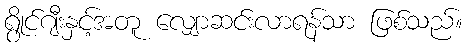
ရွိုင်ဂျီးနှင့်အတူ လျှောဆင်းလာရန်သာ ဖြစ်သည်။